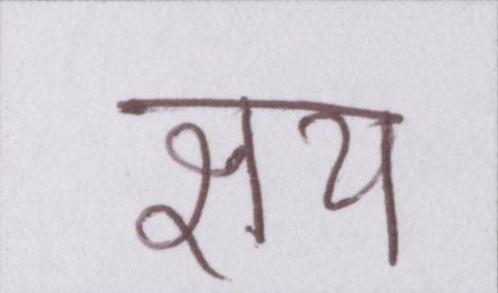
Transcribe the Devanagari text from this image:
क्षय